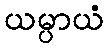
ယမ္ပာယံ